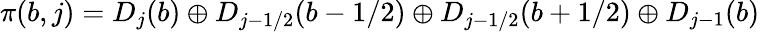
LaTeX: \pi(b,j)=D_{j}(b)\oplus D_{j-1/2}(b-1/2)\oplus D_{j-1/2}(b+1/2)\oplus D_{j-1}(b)